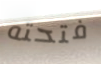
فتحته